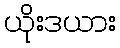
ယိုးဒယား